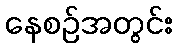
နေစဉ်အတွင်း